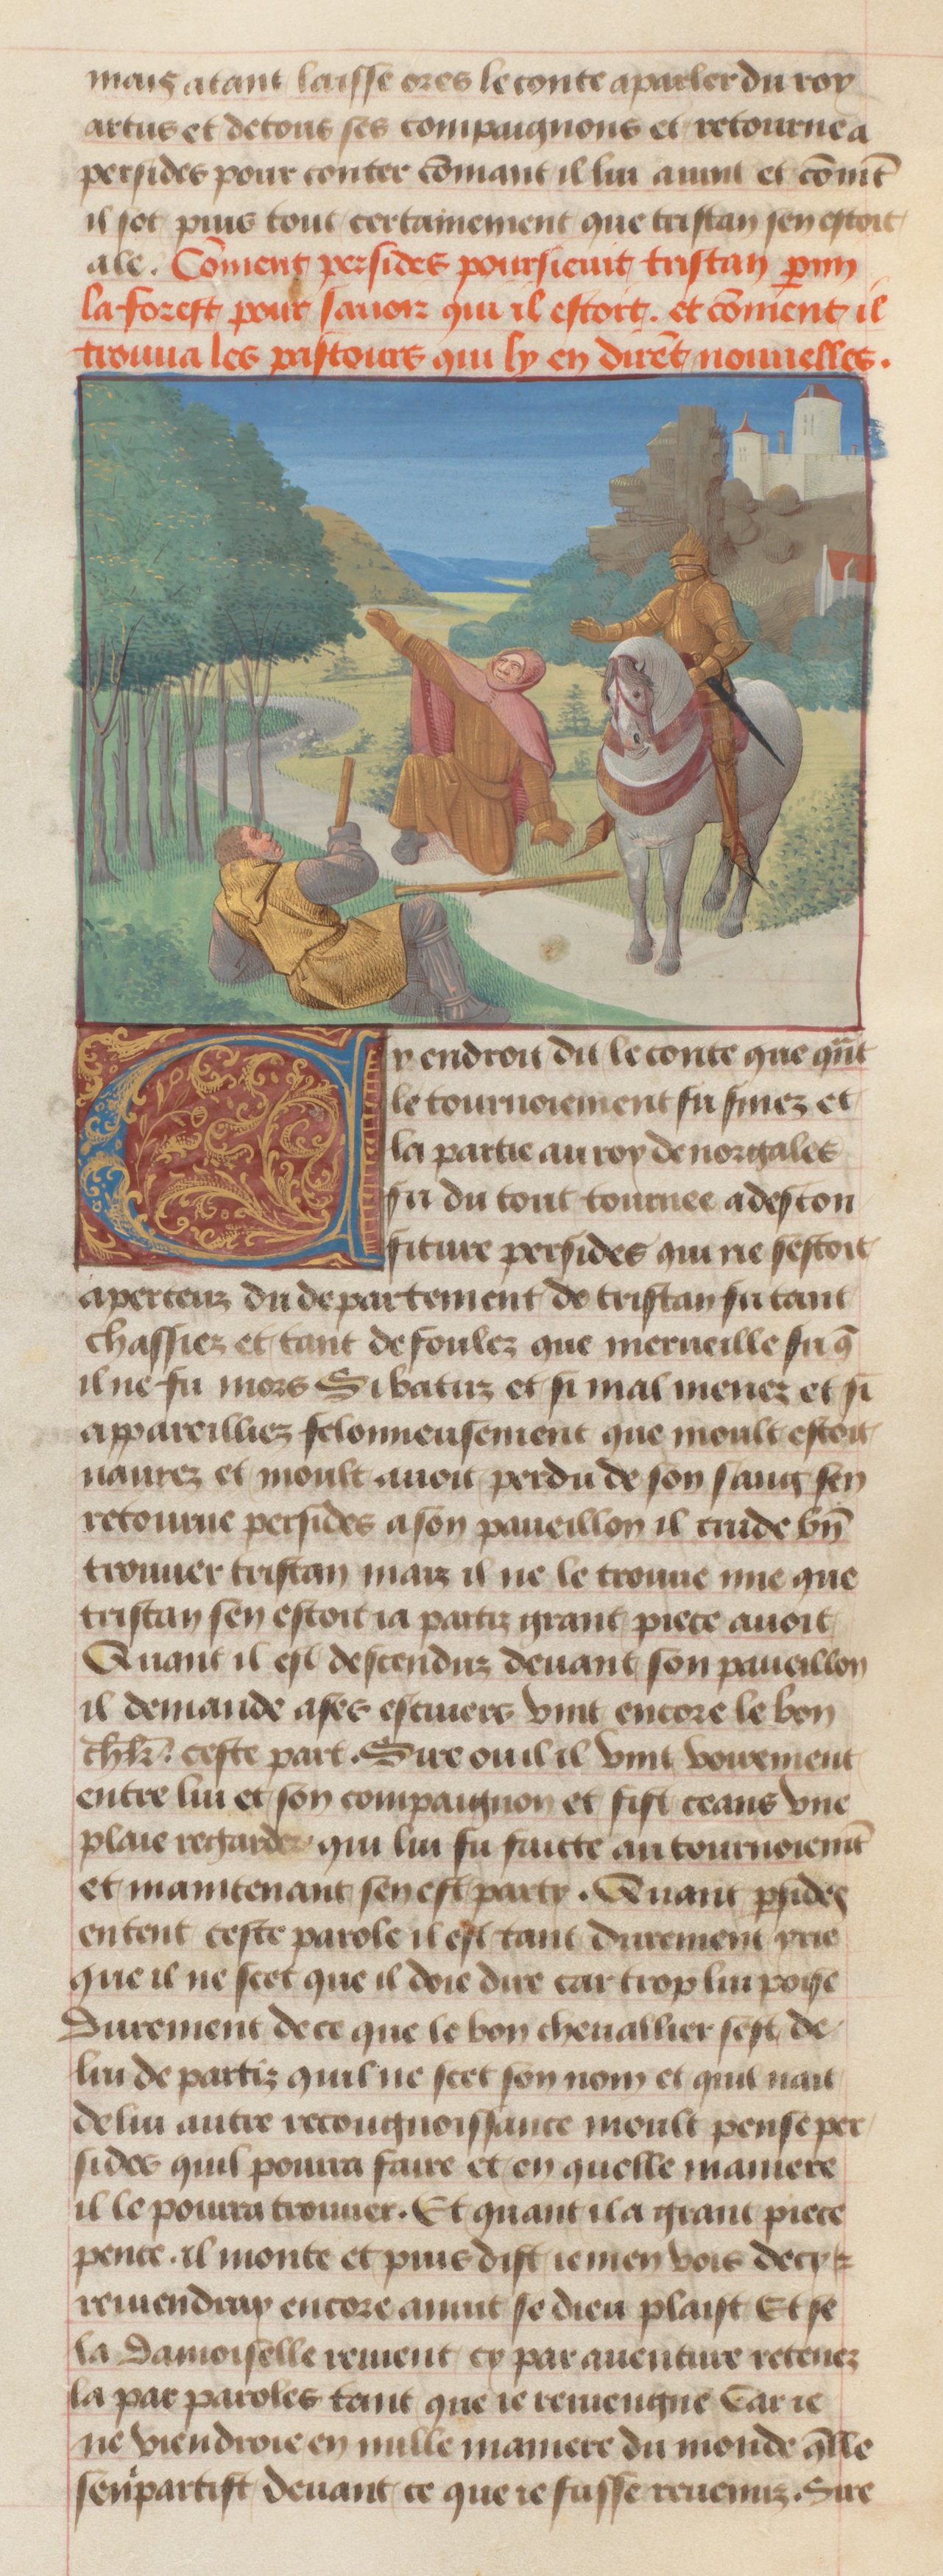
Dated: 1455–1485